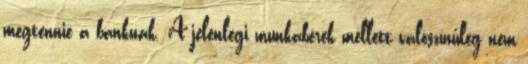
megtennie a banknak. A jelenlegi munkabérek mellett valószínűleg nem